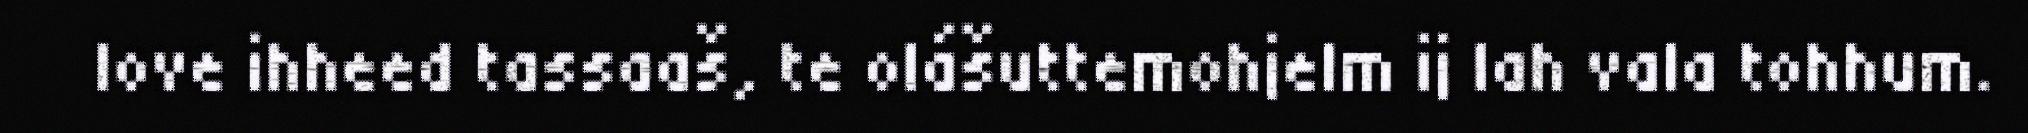
love ihheed tassaaš, te olášuttemohjelm ij lah vala tohhum.